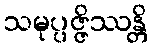
သမုပ္ပဇ္ဇိဿန္တိ